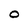
Character: O